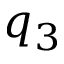
q _ { 3 }